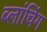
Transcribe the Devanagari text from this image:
ब्लांचिंग